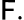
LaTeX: \mathsf{F}.